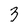
Character: 3